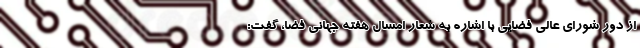
از دور شورای عالی فضایی با اشاره به شعار امسال هفته جهانی فضا، گفت: